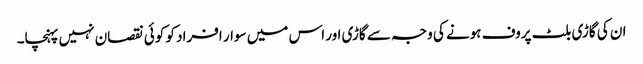
ان کی گاڑی بلٹ پروف ہونے کی وجہ سے گاڑی اور اس میں سوار افراد کو کوئی نقصان نہیں پہنچا۔